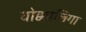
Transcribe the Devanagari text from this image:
वोक्कालिगा